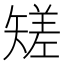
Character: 𥏺